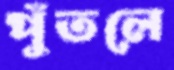
পুঁতলে